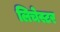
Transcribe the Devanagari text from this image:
लिचेस्टर